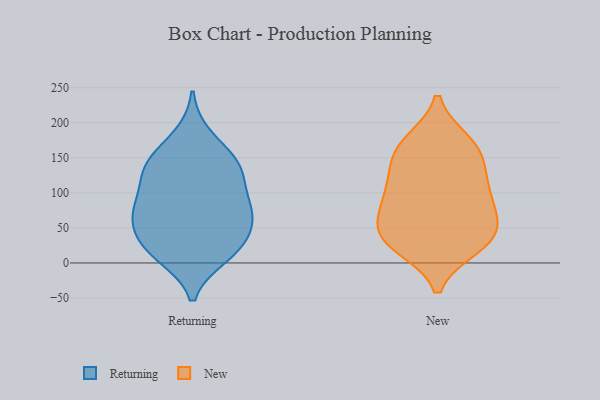
{"axis": {"x": "Energy Usage (MWh)", "y": "Value"}, "legend": ["New", "Returning"], "data": [{"x": "", "y": 73, "type": "Returning"}, {"x": "", "y": 142, "type": "Returning"}, {"x": "", "y": 180, "type": "Returning"}, {"x": "", "y": 56, "type": "Returning"}, {"x": "", "y": 72, "type": "Returning"}, {"x": "", "y": 11, "type": "Returning"}, {"x": "", "y": 126, "type": "Returning"}, {"x": "", "y": 143, "type": "Returning"}, {"x": "", "y": 21, "type": "Returning"}, {"x": "", "y": 20, "type": "Returning"}, {"x": "", "y": 83, "type": "Returning"}, {"x": "", "y": 82, "type": "Returning"}, {"x": "", "y": 54, "type": "Returning"}, {"x": "", "y": 120, "type": "Returning"}, {"x": "", "y": 143, "type": "Returning"}, {"x": "", "y": 20, "type": "Returning"}, {"x": "", "y": 34, "type": "New"}, {"x": "", "y": 44, "type": "New"}, {"x": "", "y": 33, "type": "New"}, {"x": "", "y": 167, "type": "New"}, {"x": "", "y": 118, "type": "New"}, {"x": "", "y": 119, "type": "New"}, {"x": "", "y": 172, "type": "New"}, {"x": "", "y": 65, "type": "New"}, {"x": "", "y": 31, "type": "New"}, {"x": "", "y": 87, "type": "New"}, {"x": "", "y": 147, "type": "New"}, {"x": "", "y": 75, "type": "New"}, {"x": "", "y": 164, "type": "New"}, {"x": "", "y": 24, "type": "New"}, {"x": "", "y": 96, "type": "New"}]}